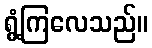
ရွံ့ကြလေသည်။